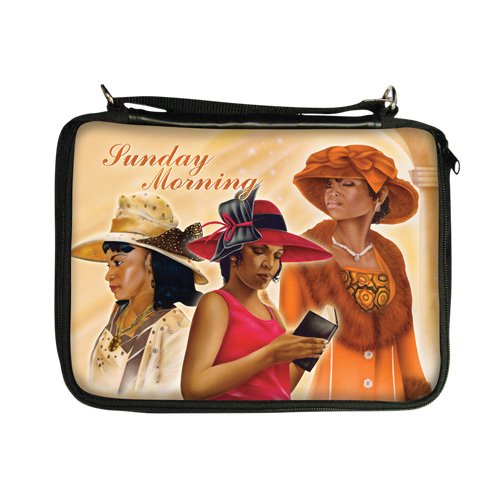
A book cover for Sunday Morning Bible Cover; Christian Books & Bibles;